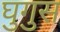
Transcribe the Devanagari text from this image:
घुगुस